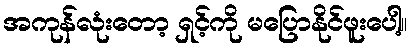
အကုန်လုံးတော့ ရှင့်ကို မပြောနိုင်ဖူးပေါ့။